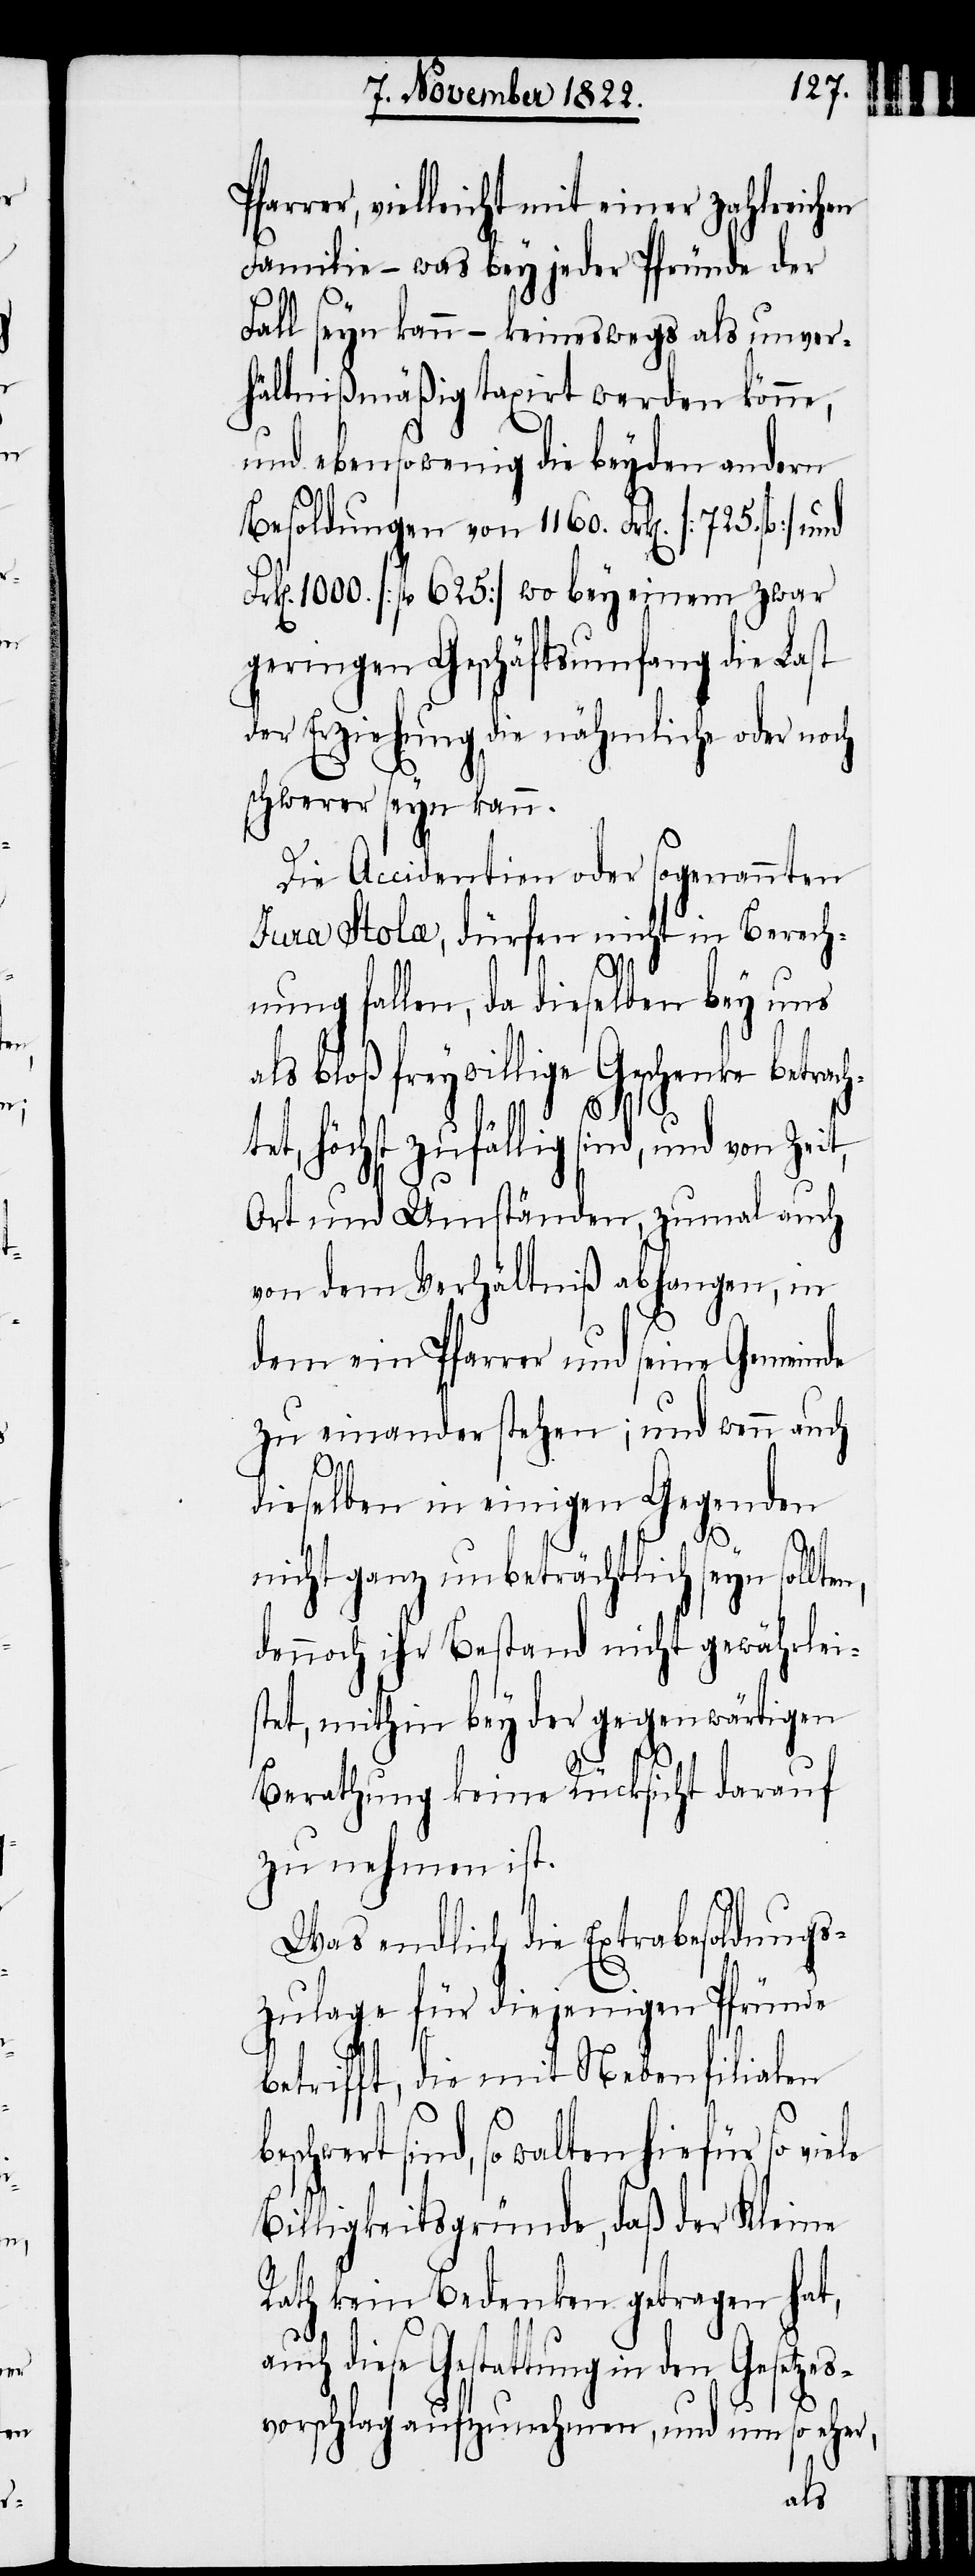
ten,
le

rrer, vielleicht mit einer zahlreichen
Familie – was bey jeder Pfründe der
Fall seyn kann – keineswegs als unver¬
hältnißmäßig taxirt werden könne,
und ebensowenig die beyden andern
Besoldungen von 1160. Frk[en]. [725.
k[en]. 1000. [fl. 625] wo bey einem zwar
geringen Geschäftsumfang die Last
der Erziehung, die nähmliche oder noch
schwerer seyn kann.
Die Accidentien oder sogenannten
Jura Stola, dürfen nicht in Berech¬
nung fallen, da dieselben bey uns
als bloß freywillige Geschenke betrach¬
tet, höchst zufällig sind, und von
Ort und Umständen, zumal auch
von dem Verhältniß abhangen, in
dem ein Pfarrer und seine Gemeinde
zu einander stehen; und wenn auch
dieselben in einigen Gegenden
nicht ganz unbeträchtlich seyn soll¬
dennoch ihr Bestand nicht gewährlei¬
stet, mithin bey der gegenwärtigen
Berathung keine Rücksicht darauf
zu nehmen ist.
Was endlich die Extrabesoldungs¬
zulage für diejenigen Pfründe
betrifft, die mit Nebenfilialen
sind, so walten hiefür so vie¬
Billigkeitsgründe, daß der Kleine
Rath kein Bedenken getragen hat,
und
Fr¬
auch diese Gestattung in den Gesetzes¬
vorschlag aufzunehmen, und um so eher,
Pfa¬